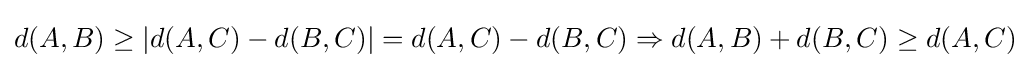
d(A,B)\geq |d(A,C)-d(B,C)|=d(A,C)-d(B,C)\Rightarrow d(A,B)+d(B,C)\geq d(A,C)